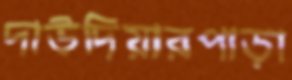
দাউদিয়ারপাড়া